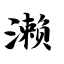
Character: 濑